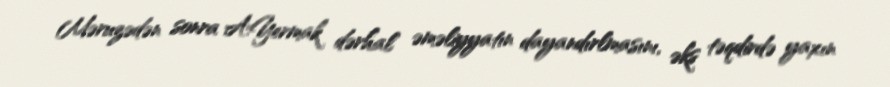
Məruzədən sonra A.Yermak dərhal əməliyyatın dayandırlmasını, əks təqdirdə yaxın